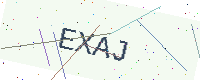
Text: EXAJ